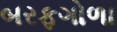
બરફગોળા